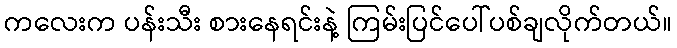
ကလေးက ပန်းသီး စားနေရင်းနဲ့ ကြမ်းပြင်ပေါ်ပစ်ချလိုက်တယ်။